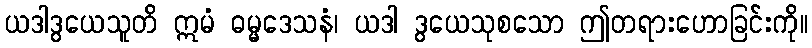
ယဒါဒွယေသူတိ ဣမံ ဓမ္မဒေသနံ၊ ယဒါ ဒွယေသုစသော ဤတရားဟောခြင်းကို။